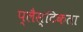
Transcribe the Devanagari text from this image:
प्लैस्टिकता